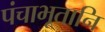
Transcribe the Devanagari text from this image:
पंचाभूतानि